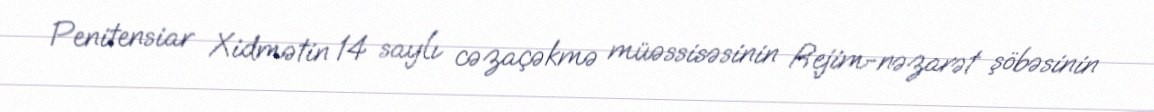
Penitensiar Xidmətin 14 saylı cəzaçəkmə müəssisəsinin Rejim-nəzarət şöbəsinin